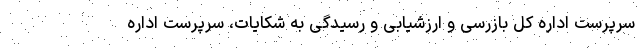
سرپرست اداره کل بازرسی و ارزشیابی و رسیدگی به شکایات، سرپرست اداره